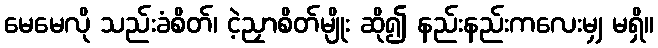
မေမေလို သည်းခံစိတ်၊ ငဲ့ညှာစိတ်မျိုး ဆို၍ နည်းနည်းကလေးမျှ မရှိ။